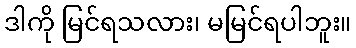
ဒါကို မြင်ရသလား၊ မမြင်ရပါဘူး။